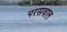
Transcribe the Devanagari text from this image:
परसवाल